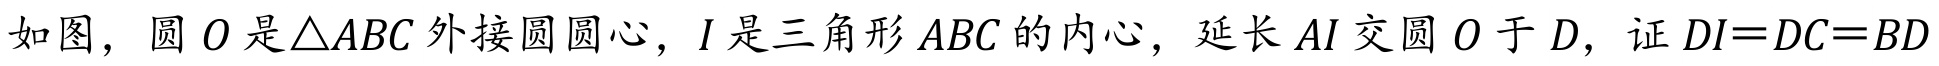
如图，圆 \(O\) 是\(\triangle ABC\) 外接圆圆心，\(I\) 是三角形 \(ABC\) 的内心，延长 \(AI\) 交圆 \(O\) 于 \(D\)，证 \(DI = DC = BD\)